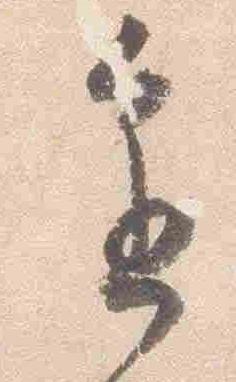
進